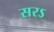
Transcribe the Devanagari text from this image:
सरऽ